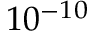
{ 1 0 ^ { - 1 0 } }